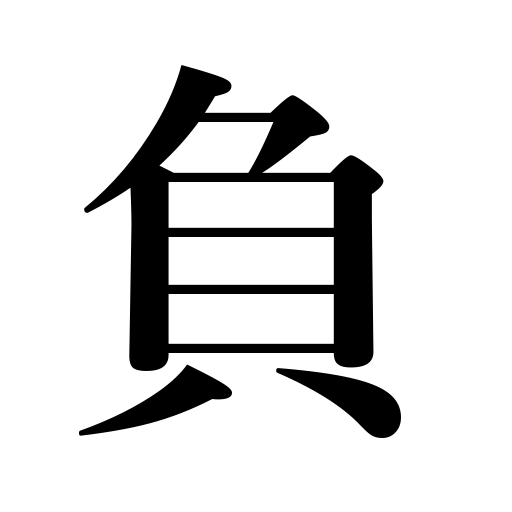
Meanings: defeat,bear a responsibility,get the worst of it,assume,be accused of,lower the price,owe,bear,sustain an injury,be poisoned with lacquer,be defeated,negative,yield to,minus sign,carry on the back,outrival,minus,be overcome with,be inferior to,overcome